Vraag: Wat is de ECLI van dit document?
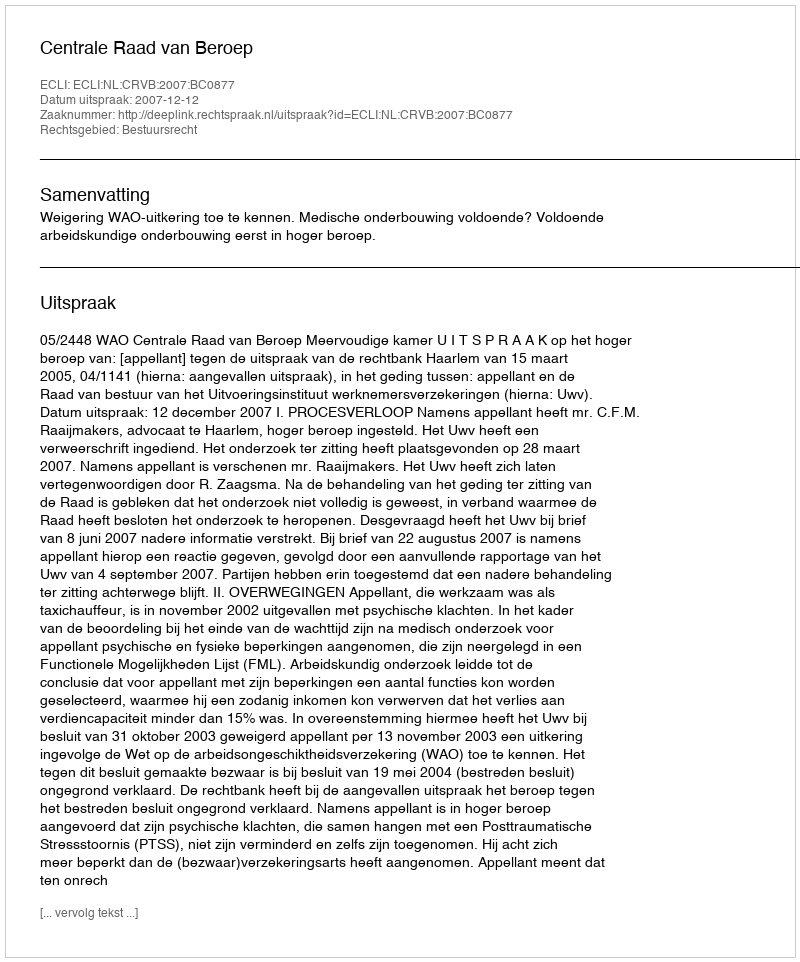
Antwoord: ECLI:NL:CRVB:2007:BC0877